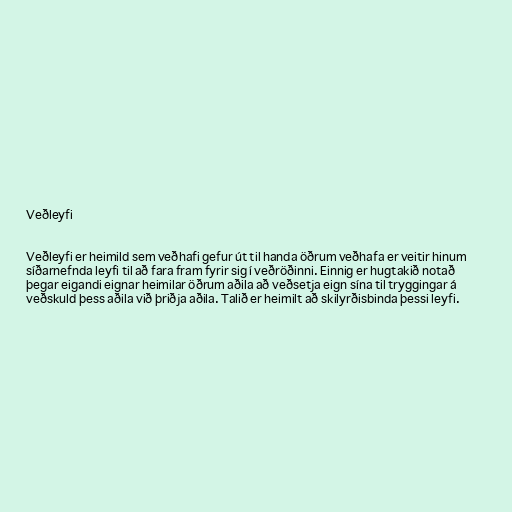
Veðleyfi

Veðleyfi er heimild sem veðhafi gefur út til handa öðrum veðhafa er veitir hinum
síðarnefnda leyfi til að fara fram fyrir sig í veðröðinni. Einnig er hugtakið notað
þegar eigandi eignar heimilar öðrum aðila að veðsetja eign sína til tryggingar á
veðskuld þess aðila við þriðja aðila. Talið er heimilt að skilyrðisbinda þessi leyfi.